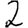
Digit: 2